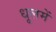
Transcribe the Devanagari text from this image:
धूलमें